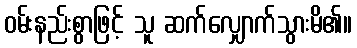
ဝမ်းနည်းစွာဖြင့် သူ ဆက်လျှောက်သွားမိ၏။